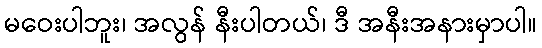
မဝေးပါဘူး၊ အလွန် နီးပါတယ်၊ ဒီ အနီးအနားမှာပါ။